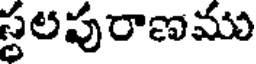
స్థలపురాణము